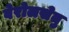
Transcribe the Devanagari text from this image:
वेरोलसेतु